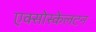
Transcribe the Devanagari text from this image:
एक्सोस्केलटन